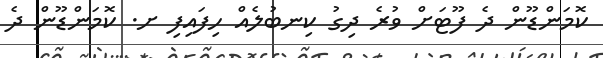
ކޮމަންޑޫން ދެ ފޫޓަށް ވުރެ ދިގު ކިނބުލެއް ހިފައިފި ށ. ކޮމަންޑޫން ދެ